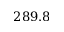
2 8 9 . 8